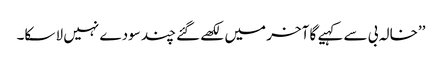
’’خالہ بی سے کہیے گا آخر میں لکھے گئے چند سودے نہیں لا سکا۔